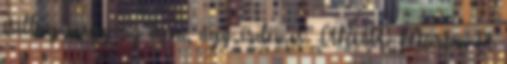
csillag megy az égen, úgy érdemes” ARATÓ Márton A